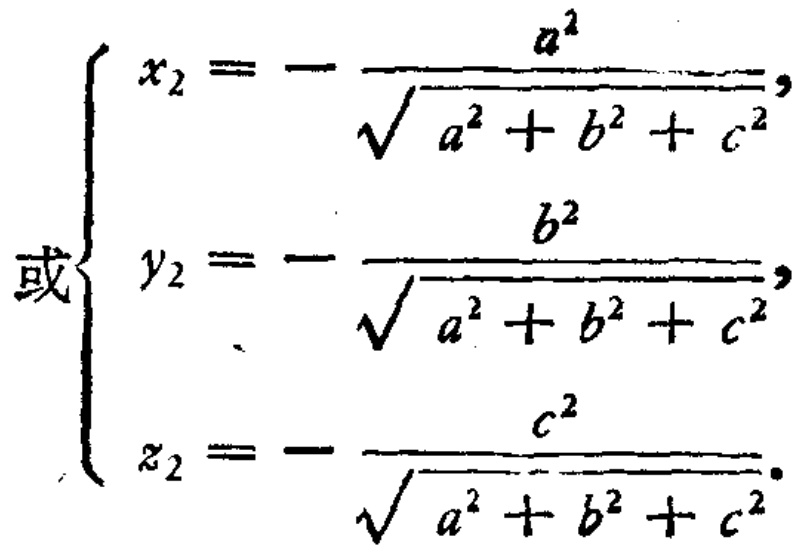
\[
或\begin{cases}
x_{2}=-\dfrac{a^{2}}{\sqrt{a^{2}+b^{2}+c^{2}}},\\
y_{2}=-\dfrac{b^{2}}{\sqrt{a^{2}+b^{2}+c^{2}}},\\
z_{2}=-\dfrac{c^{2}}{\sqrt{a^{2}+b^{2}+c^{2}}}.
\end{cases}
\]